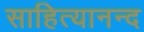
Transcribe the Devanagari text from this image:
साहित्यानन्द